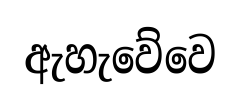
ඇහැවේවෙ